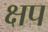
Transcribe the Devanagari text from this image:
क्षप